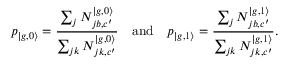
p _ { | { g , 0 \rangle } } = \frac { \sum _ { j } N _ { j b , c ^ { \prime } } ^ { | g , 0 \rangle } } { \sum _ { j k } N _ { j k , c ^ { \prime } } ^ { | g , 0 \rangle } } \quad \mathrm { a n d } \quad p _ { | { g , 1 \rangle } } = \frac { \sum _ { j } N _ { j b , c ^ { \prime } } ^ { | g , 1 \rangle } } { \sum _ { j k } N _ { j k , c ^ { \prime } } ^ { | g , 1 \rangle } } .